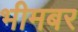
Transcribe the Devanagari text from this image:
भीमबर